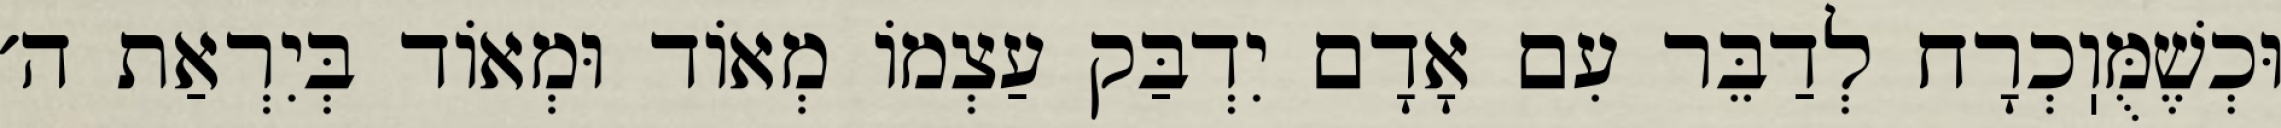
וּכְשֶׁמֻּוֽכְרָח לְדַבֵּר עִם אָדָם יִדְבַּק עַצְמוֹ מְאוֹד וּמְאוֹד בְּיִרְאַת ה׳